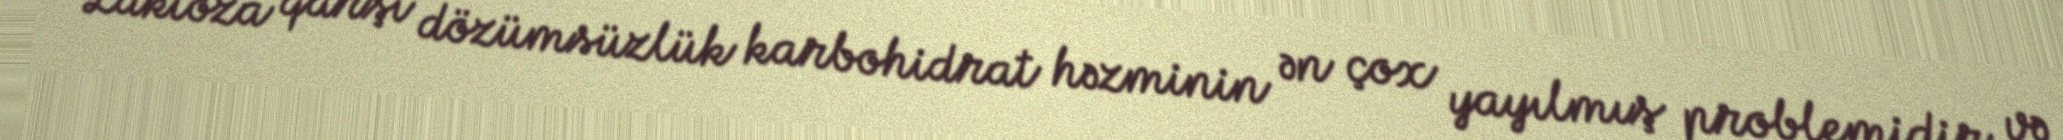
Laktoza qarşı dözümsüzlük karbohidrat həzminin ən çox yayılmış problemidir və